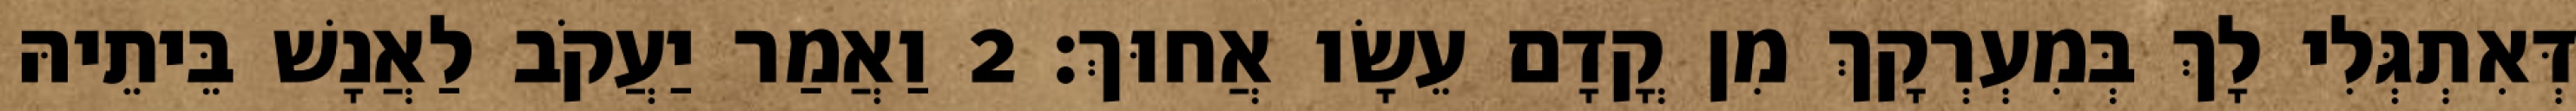
דְּאִתְגְּלִי לָךְ בְּמִעְרְקָךְ מִן קֳדָם עֵשָׂו אֲחוּךְ׃ 2 וַאֲמַר יַעֲקֹב לַאֲנָשׁ בֵּיתֵיהּ